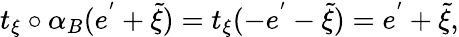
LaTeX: t_{\xi}\circ\alpha_{B}(e^{'}+\tilde{\xi})=t_{\xi}(-e^{'}-\tilde{\xi})=e^{'}+\tilde{\xi},